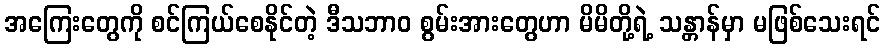
အကြေးတွေကို စင်ကြယ်စေနိုင်တဲ့ ဒီသဘာဝ စွမ်းအားတွေဟာ မိမိတို့ရဲ့ သန္တာန်မှာ မဖြစ်သေးရင်